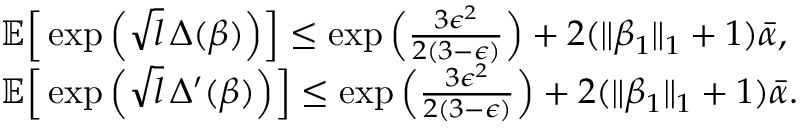
\begin{array} { r l } & { \mathbb { E } \Big [ \exp \Big ( \sqrt { l } \, \Delta ( \beta ) \Big ) \Big ] \leq \exp \Big ( \frac { 3 \epsilon ^ { 2 } } { 2 ( 3 - \epsilon ) } \Big ) + 2 ( \| \beta _ { 1 } \| _ { 1 } + 1 ) \bar { \alpha } , } \\ & { \mathbb { E } \Big [ \exp \Big ( \sqrt { l } \, \Delta ^ { \prime } ( \beta ) \Big ) \Big ] \leq \exp \Big ( \frac { 3 \epsilon ^ { 2 } } { 2 ( 3 - \epsilon ) } \Big ) + 2 ( \| \beta _ { 1 } \| _ { 1 } + 1 ) \bar { \alpha } . } \end{array}